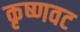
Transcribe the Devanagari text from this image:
कृष्णवट